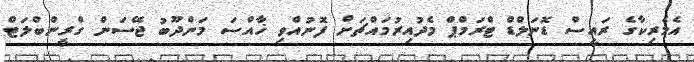
އެމެރިކާގެ ރައީސް ޑޮނަލްޑް ޓްރަމްޕް މެދުއިރުމައްޗަށް ފޮނުއްވި ޚާއްސަ މަންދޫބު ޖޭސަން ގްރީންބްލަޓް